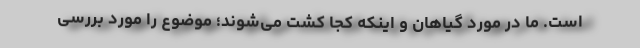
است. ما در مورد گیاهان و اینکه کجا کشت ‌می‌شوند؛ موضوع را مورد بررسی